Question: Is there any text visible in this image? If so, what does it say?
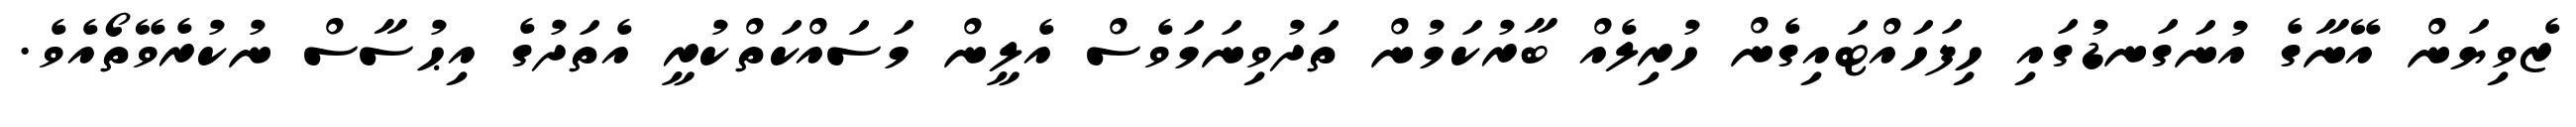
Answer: ޒެވިޔަން އޭނާގެ އުނަގަނޑުގައި ހިފަހައްޓައިގެން ހުރިލެއް ބާރުކަމުން ތަދުވިނަމަވެސް އެލީން މަސައްކަތްކުރީ އެތަދުގެ އިޙުސާސް ނުކުރެވޭތޯއެވެ.